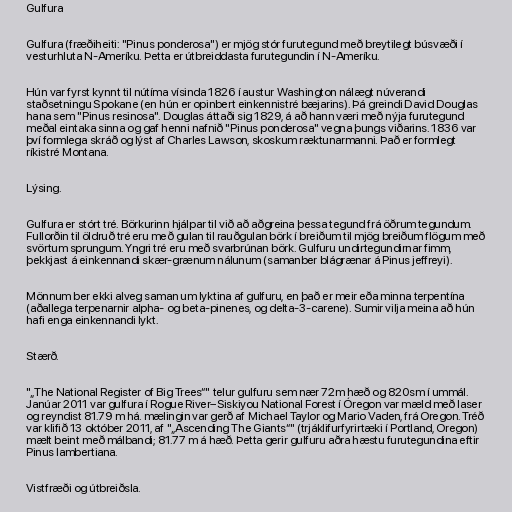
Gulfura

Gulfura (fræðiheiti: "Pinus ponderosa") er mjög stór furutegund með breytilegt búsvæði í
vesturhluta N-Ameríku. Þetta er útbreiddasta furutegundin í N-Ameríku.

Hún var fyrst kynnt til nútíma vísinda 1826 í austur Washington nálægt núverandi
staðsetningu Spokane (en hún er opinbert einkennistré bæjarins). Þá greindi David Douglas
hana sem "Pinus resinosa". Douglas áttaði sig 1829, á að hann væri með nýja furutegund
meðal eintaka sinna og gaf henni nafnið "Pinus ponderosa" vegna þungs viðarins. 1836 var
því formlega skráð og lýst af Charles Lawson, skoskum ræktunarmanni. Það er formlegt
ríkistré Montana.

Lýsing.

Gulfura er stórt tré. Börkurinn hjálpar til við að aðgreina þessa tegund frá öðrum tegundum.
Fullorðin til öldruð tré eru með gulan til rauðgulan börk í breiðum til mjög breiðum flögum með
svörtum sprungum. Yngri tré eru með svarbrúnan börk. Gulfuru undirtegundirnar fimm,
þekkjast á einkennandi skær-grænum nálunum (samanber blágrænar á Pinus jeffreyi).

Mönnum ber ekki alveg saman um lyktina af gulfuru, en það er meir eða minna terpentína
(aðallega terpenarnir alpha- og beta-pinenes, og delta-3-carene). Sumir vilja meina að hún
hafi enga einkennandi lykt.

Stærð.

"„The National Register of Big Trees“" telur gulfuru sem nær 72m hæð og 820sm í ummál.
Janúar 2011 var gulfura í Rogue River–Siskiyou National Forest í Óregon var mæld með laser
og reyndist 81.79 m há. mælingin var gerð af Michael Taylor og Mario Vaden, frá Oregon. Tréð
var klifið 13 október 2011, af "„Ascending The Giants“" (trjáklifurfyrirtæki í Portland, Oregon)
mælt beint með málbandi; 81.77 m á hæð. Þetta gerir gulfuru aðra hæstu furutegundina eftir
Pinus lambertiana.

Vistfræði og útbreiðsla.